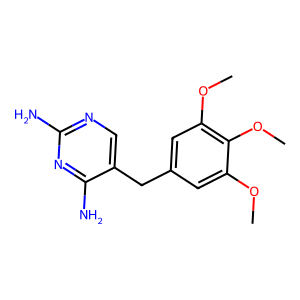
SMILES: COc1cc(Cc2cnc(N)nc2N)cc(OC)c1OC
Inhibits HIV replication: No